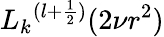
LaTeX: {L_{k}}^{(l+{\frac{1}{2}})}(2\nu r^{2})